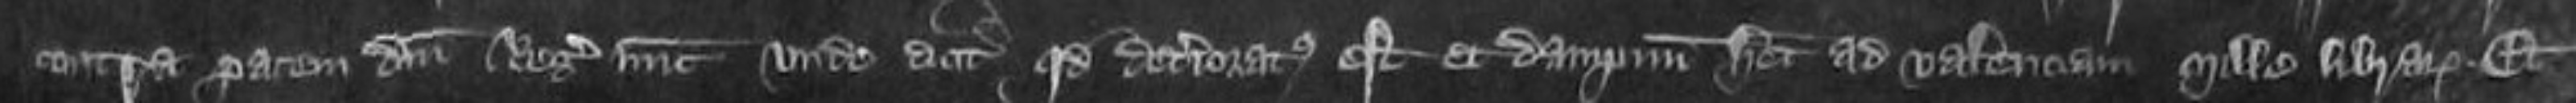
contra pacem domini Regis nunc unde dicit quod deterioratus est et dampnum habet ad valenciam mille librarum Et